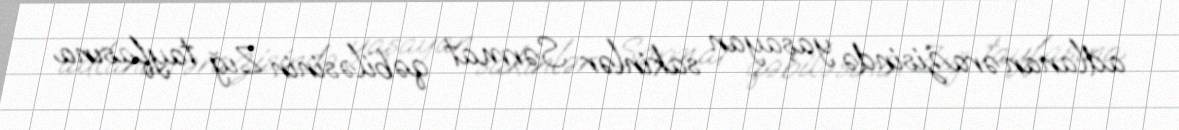
adlanan ərazisində yaşayan sakinlər Sərmat qəbiləsinin Zığ tayfasına